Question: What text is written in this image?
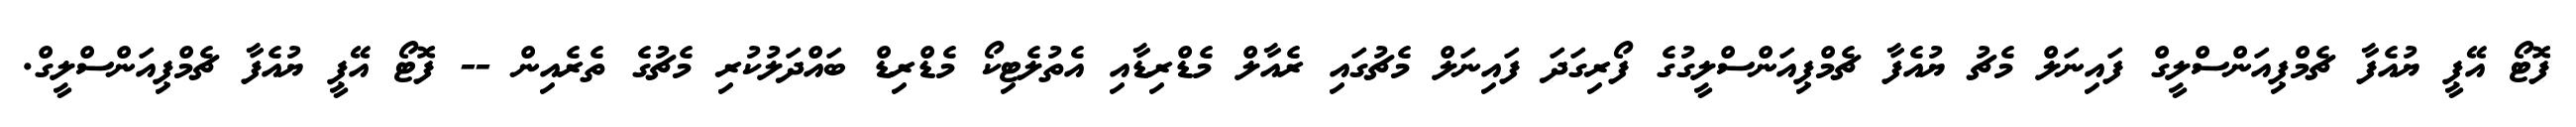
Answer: ފޮޓޯ އޭޕީ ޔުއެފާ ޗެމްޕިއަންސްލީގް ފައިނަލް މެޗު ޔުއެފާ ޗެމްޕިއަންސްލީގުގެ ފޯރިގަދަ ފައިނަލް މެޗުގައި ރެއާލް މެޑްރިޑާއި އެތުލެޓިކޯ މެޑްރިޑް ބައްދަލުކުރި މެޗުގެ ތެރެއިން -- ފޮޓޯ އޭޕީ ޔުއެފާ ޗެމްޕިއަންސްލީގް.